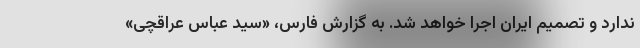
ندارد و تصمیم ایران اجرا خواهد شد. به گزارش فارس، «سید عباس عراقچی»